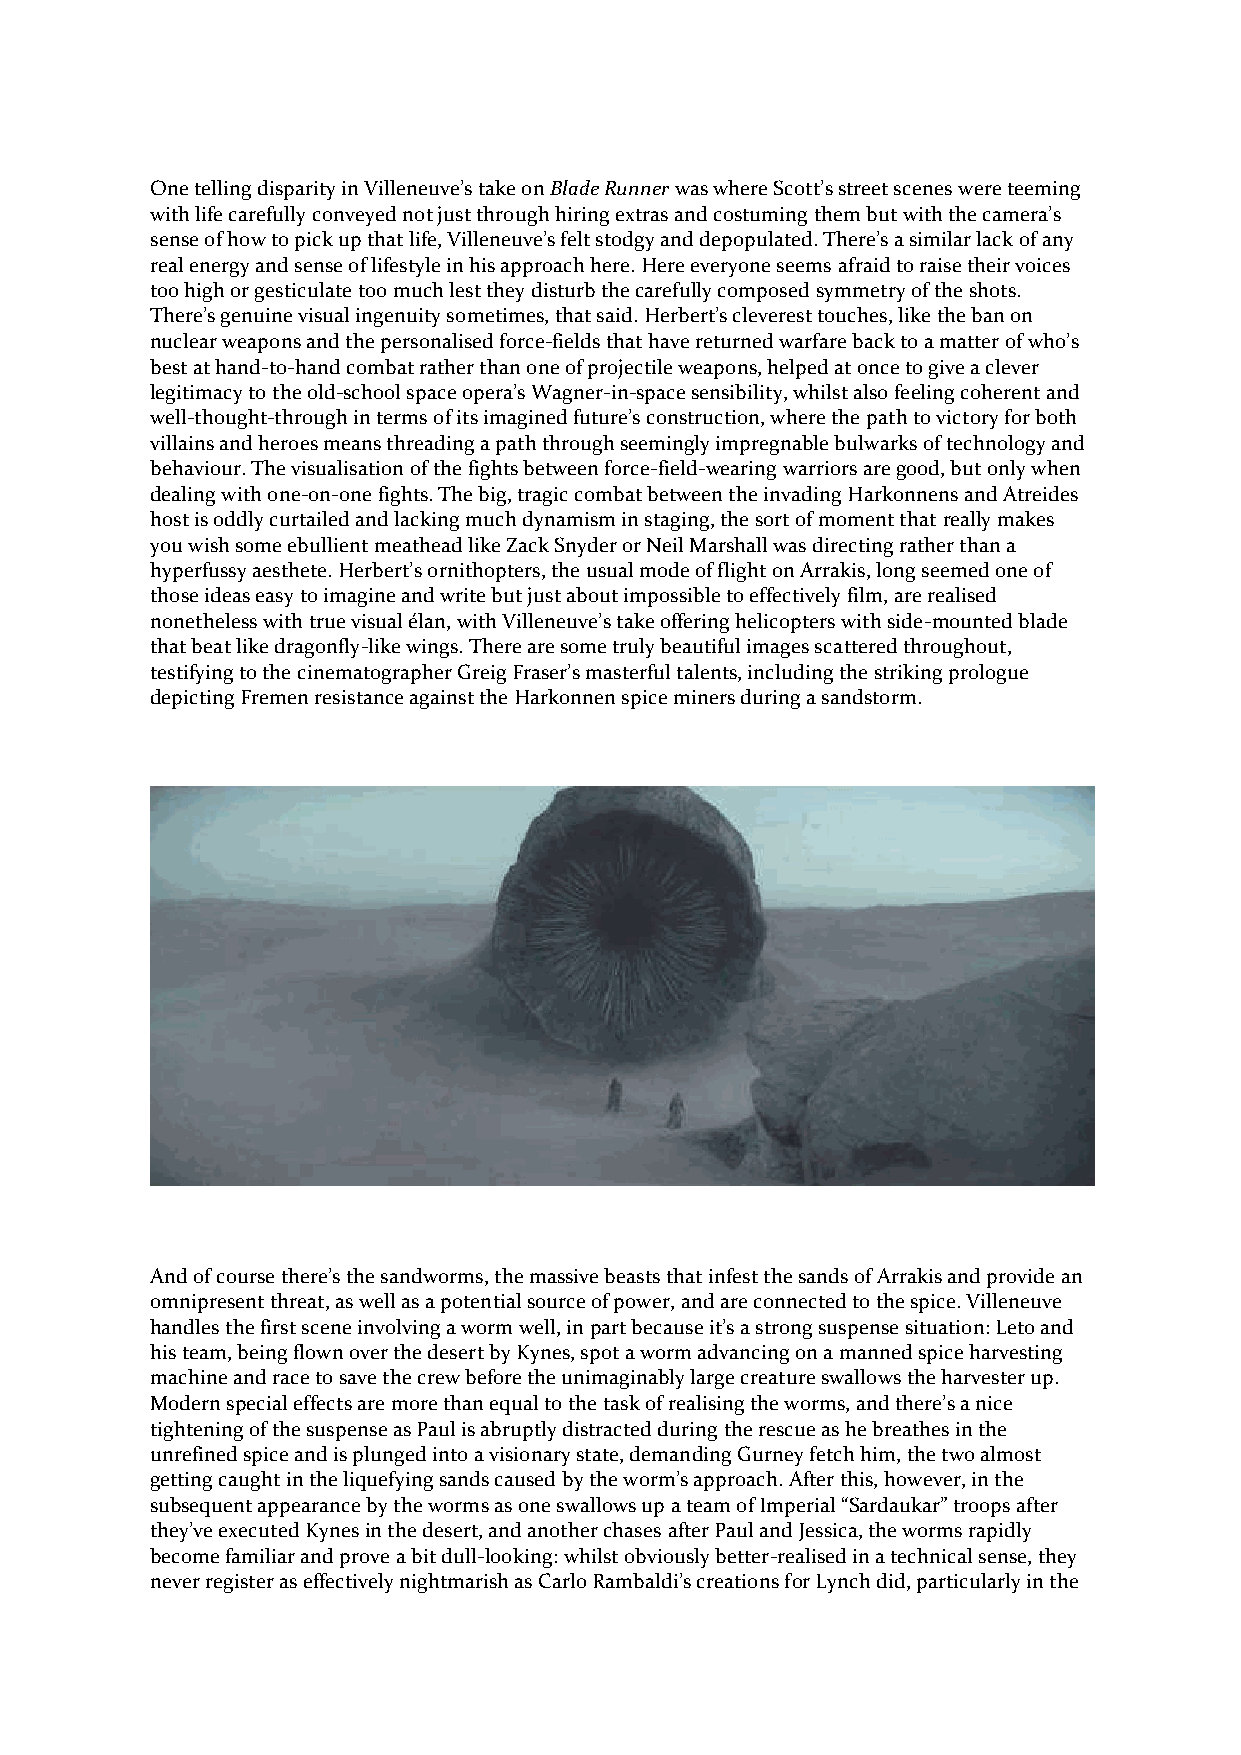
One telling disparity in Villeneuve’s take on Blade Runner was where Scott’s street scenes were teeming
 with life carefully conveyed not just through hiring extras and costuming them but with the camera’s
 sense of how to pick up that life, Villeneuve’s felt stodgy and depopulated. There’s a similar lack of any
 real energy and sense of lifestyle in his approach here. Here everyone seems afraid to raise their voices
 too high or gesticulate too much lest they disturb the carefully composed symmetry of the shots.
 There’s genuine visual ingenuity sometimes, that said. Herbert’s cleverest touches, like the ban on
 nuclear weapons and the personalised force-fields that have returned warfare back to a matter of who’s
 best at hand-to-hand combat rather than one of projectile weapons, helped at once to give a clever
 legitimacy to the old-school space opera’s Wagner-in-space sensibility, whilst also feeling coherent and
 well-thought-through in terms of its imagined future’s construction, where the path to victory for both
 villains and heroes means threading a path through seemingly impregnable bulwarks of technology and
 behaviour. The visualisation of the fights between force-field-wearing warriors are good, but only when
 dealing with one-on-one fights. The big, tragic combat between the invading Harkonnens and Atreides
 host is oddly curtailed and lacking much dynamism in staging, the sort of moment that really makes
 you wish some ebullient meathead like Zack Snyder or Neil Marshall was directing rather than a
 hyperfussy aesthete. Herbert’s ornithopters, the usual mode of flight on Arrakis, long seemed one of
 those ideas easy to imagine and write but just about impossible to effectively film, are realised
 nonetheless with true visual élan, with Villeneuve’s take offering helicopters with side-mounted blade
 that beat like dragonfly-like wings. There are some truly beautiful images scattered throughout,
 testifying to the cinematographer Greig Fraser’s masterful talents, including the striking prologue
 depicting Fremen resistance against the Harkonnen spice miners during a sandstorm.
 And of course there’s the sandworms, the massive beasts that infest the sands of Arrakis and provide an
 omnipresent threat, as well as a potential source of power, and are connected to the spice. Villeneuve
 handles the first scene involving a worm well, in part because it’s a strong suspense situation: Leto and
 his team, being flown over the desert by Kynes, spot a worm advancing on a manned spice harvesting
 machine and race to save the crew before the unimaginably large creature swallows the harvester up.
 Modern special effects are more than equal to the task of realising the worms, and there’s a nice
 tightening of the suspense as Paul is abruptly distracted during the rescue as he breathes in the
 unrefined spice and is plunged into a visionary state, demanding Gurney fetch him, the two almost
 getting caught in the liquefying sands caused by the worm’s approach. After this, however, in the
 subsequent appearance by the worms as one swallows up a team of Imperial “Sardaukar” troops after
 they’ve executed Kynes in the desert, and another chases after Paul and Jessica, the worms rapidly
 become familiar and prove a bit dull-looking: whilst obviously better-realised in a technical sense, they
 never register as effectively nightmarish as Carlo Rambaldi’s creations for Lynch did, particularly in the